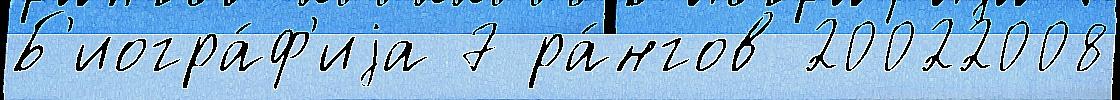
Б'иогра́ф'иjа 7 ра́нгов 20022008